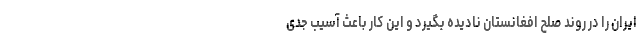
ایران را در روند صلح افغانستان نادیده بگیرد و این کار باعث آسیب جدی